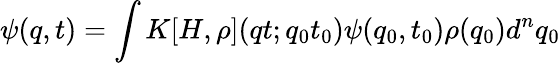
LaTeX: \psi(q,t)=\int K[H,\rho](qt;q_{0}t_{0})\psi(q_{0},t_{0})\rho(q_{0})d^{n}q_{0}